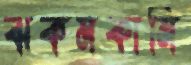
ঝকমকানি